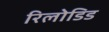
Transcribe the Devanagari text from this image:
रिलोडिड